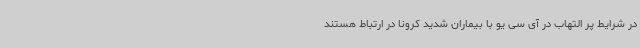
در شرایط پر التهاب در آی سی یو با بیماران شدید کرونا در ارتباط هستند